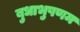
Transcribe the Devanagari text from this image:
बुधाभुषणम